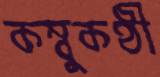
কম্বুকণ্ঠী